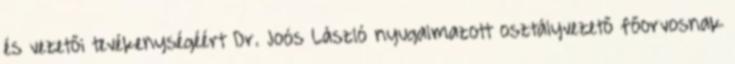
és vezetői tevékenységéért Dr. Joós László nyugalmazott osztályvezető főorvosnak